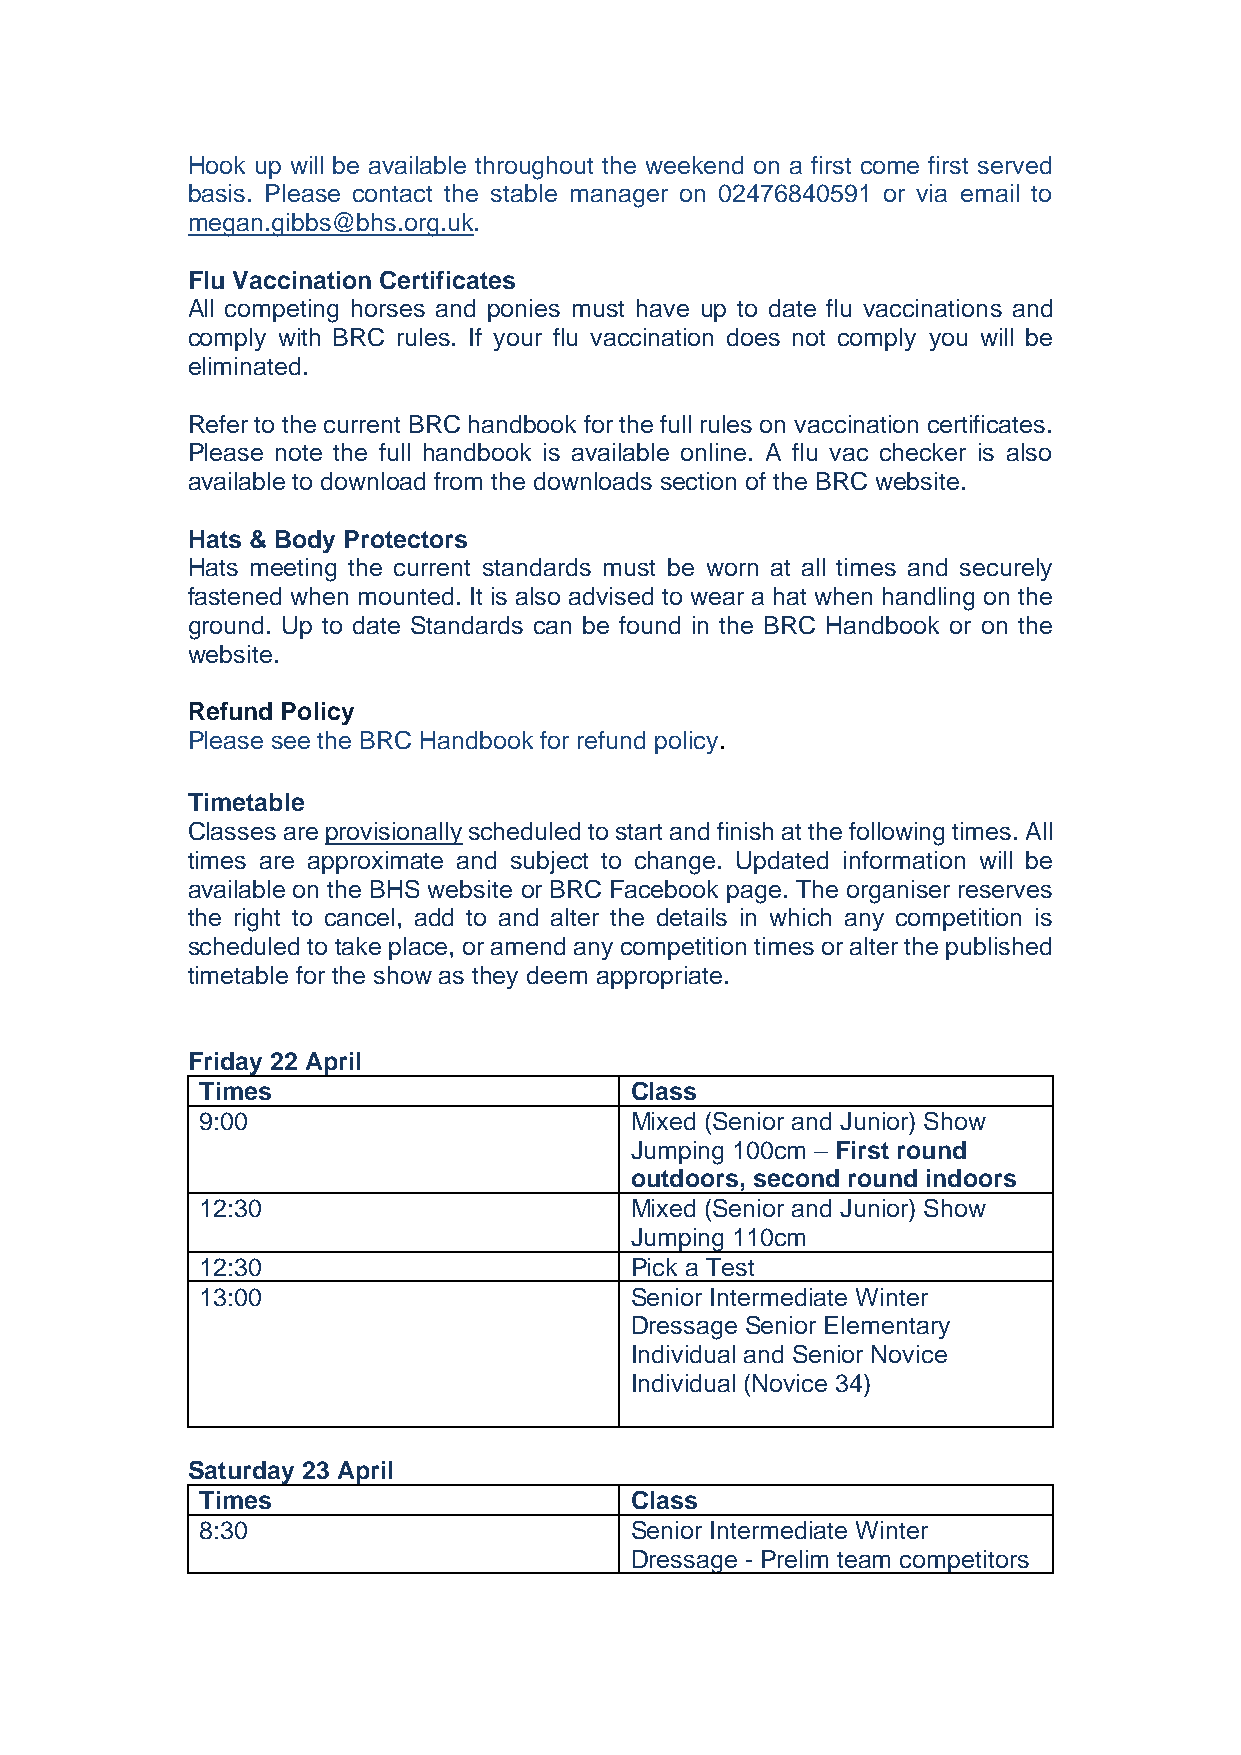
Hook up will be available throughout the weekend on a first come first served
 basis. Please contact the stable manager on 02476840591 or via email to
 megan.gibbs@bhs.org.uk.
 Flu Vaccination Certificates
 All competing horses and ponies must have up to date flu vaccinations and
 comply with BRC rules. If your flu vaccination does not comply you will be
 eliminated.
 Refer to the current BRC handbook for the full rules on vaccination certificates.
 Please note the full handbook is available online. A flu vac checker is also
 available to download from the downloads section of the BRC website.
 Hats & Body Protectors
 Hats meeting the current standards must be worn at all times and securely
 fastened when mounted. It is also advised to wear a hat when handling on the
 ground. Up to date Standards can be found in the BRC Handbook or on the
 website.
 Refund Policy
 Please see the BRC Handbook for refund policy.
 Timetable
 Classes are provisionally scheduled to start and finish at the following times. All
 times are approximate and subject to change. Updated information will be
 available on the BHS website or BRC Facebook page. The organiser reserves
 the right to cancel, add to and alter the details in which any competition is
 scheduled to take place, or amend any competition times or alter the published
 timetable for the show as they deem appropriate.
 Friday 22 April
 Times                        Class
 9:00                         Mixed (Senior and Junior) Show
 Jumping 100cm – First round
 outdoors, second round indoors
 12:30                        Mixed (Senior and Junior) Show
 Jumping 110cm
 12:30                        Pick a Test
 13:00                        Senior Intermediate Winter
 Dressage Senior Elementary
 Individual and Senior Novice
 Individual (Novice 34)
 Saturday 23 April
 Times                        Class
 8:30                         Senior Intermediate Winter
 Dressage - Prelim team competitors